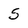
Character: 5